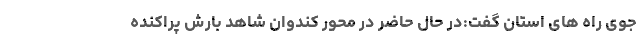
جوی راه های استان گفت:در حال حاضر در محور کندوان شاهد بارش پراکنده